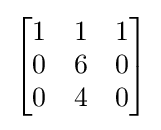
{\begin{bmatrix}1&1&1\\0&6&0\\0&4&0\end{bmatrix}}